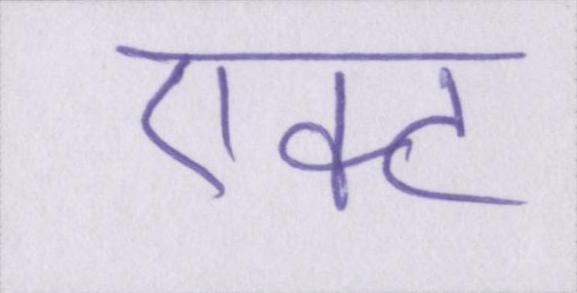
एक्ट